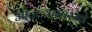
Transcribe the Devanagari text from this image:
ओतल्यासारखे